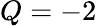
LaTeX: Q=-2